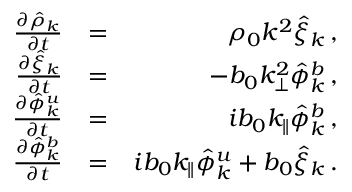
\begin{array} { r l r } { { \frac { \partial \hat { \rho } _ { k } } { \partial t } } } & { = } & { \rho _ { 0 } k ^ { 2 } \hat { \xi } _ { k } \, , } \\ { { \frac { \partial \hat { \xi } _ { k } } { \partial t } } } & { = } & { - b _ { 0 } k _ { \perp } ^ { 2 } \hat { \phi } _ { k } ^ { b } \, , } \\ { { \frac { \partial \hat { \phi } _ { k } ^ { u } } { \partial t } } } & { = } & { i b _ { 0 } k _ { \parallel } \hat { \phi } _ { k } ^ { b } \, , } \\ { { \frac { \partial \hat { \phi } _ { k } ^ { b } } { \partial t } } } & { = } & { i b _ { 0 } k _ { \parallel } \hat { \phi } _ { k } ^ { u } + b _ { 0 } \hat { \xi } _ { k } \, . } \end{array}